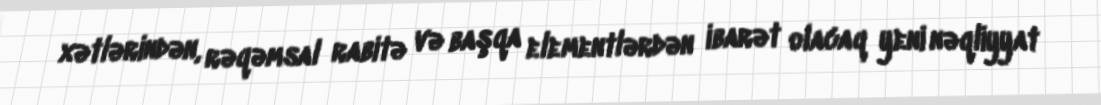
xətlərindən, rəqəmsal rabitə və başqa elementlərdən ibarət olacaq yeni nəqliyyat